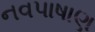
નવપાષાણ